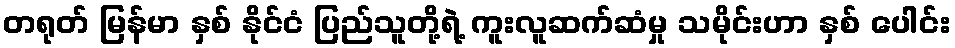
တရုတ် မြန်မာ နှစ် နိုင်ငံ ပြည်သူတို့ရဲ့ ကူးလူဆက်ဆံမှု သမိုင်းဟာ နှစ် ပေါင်း